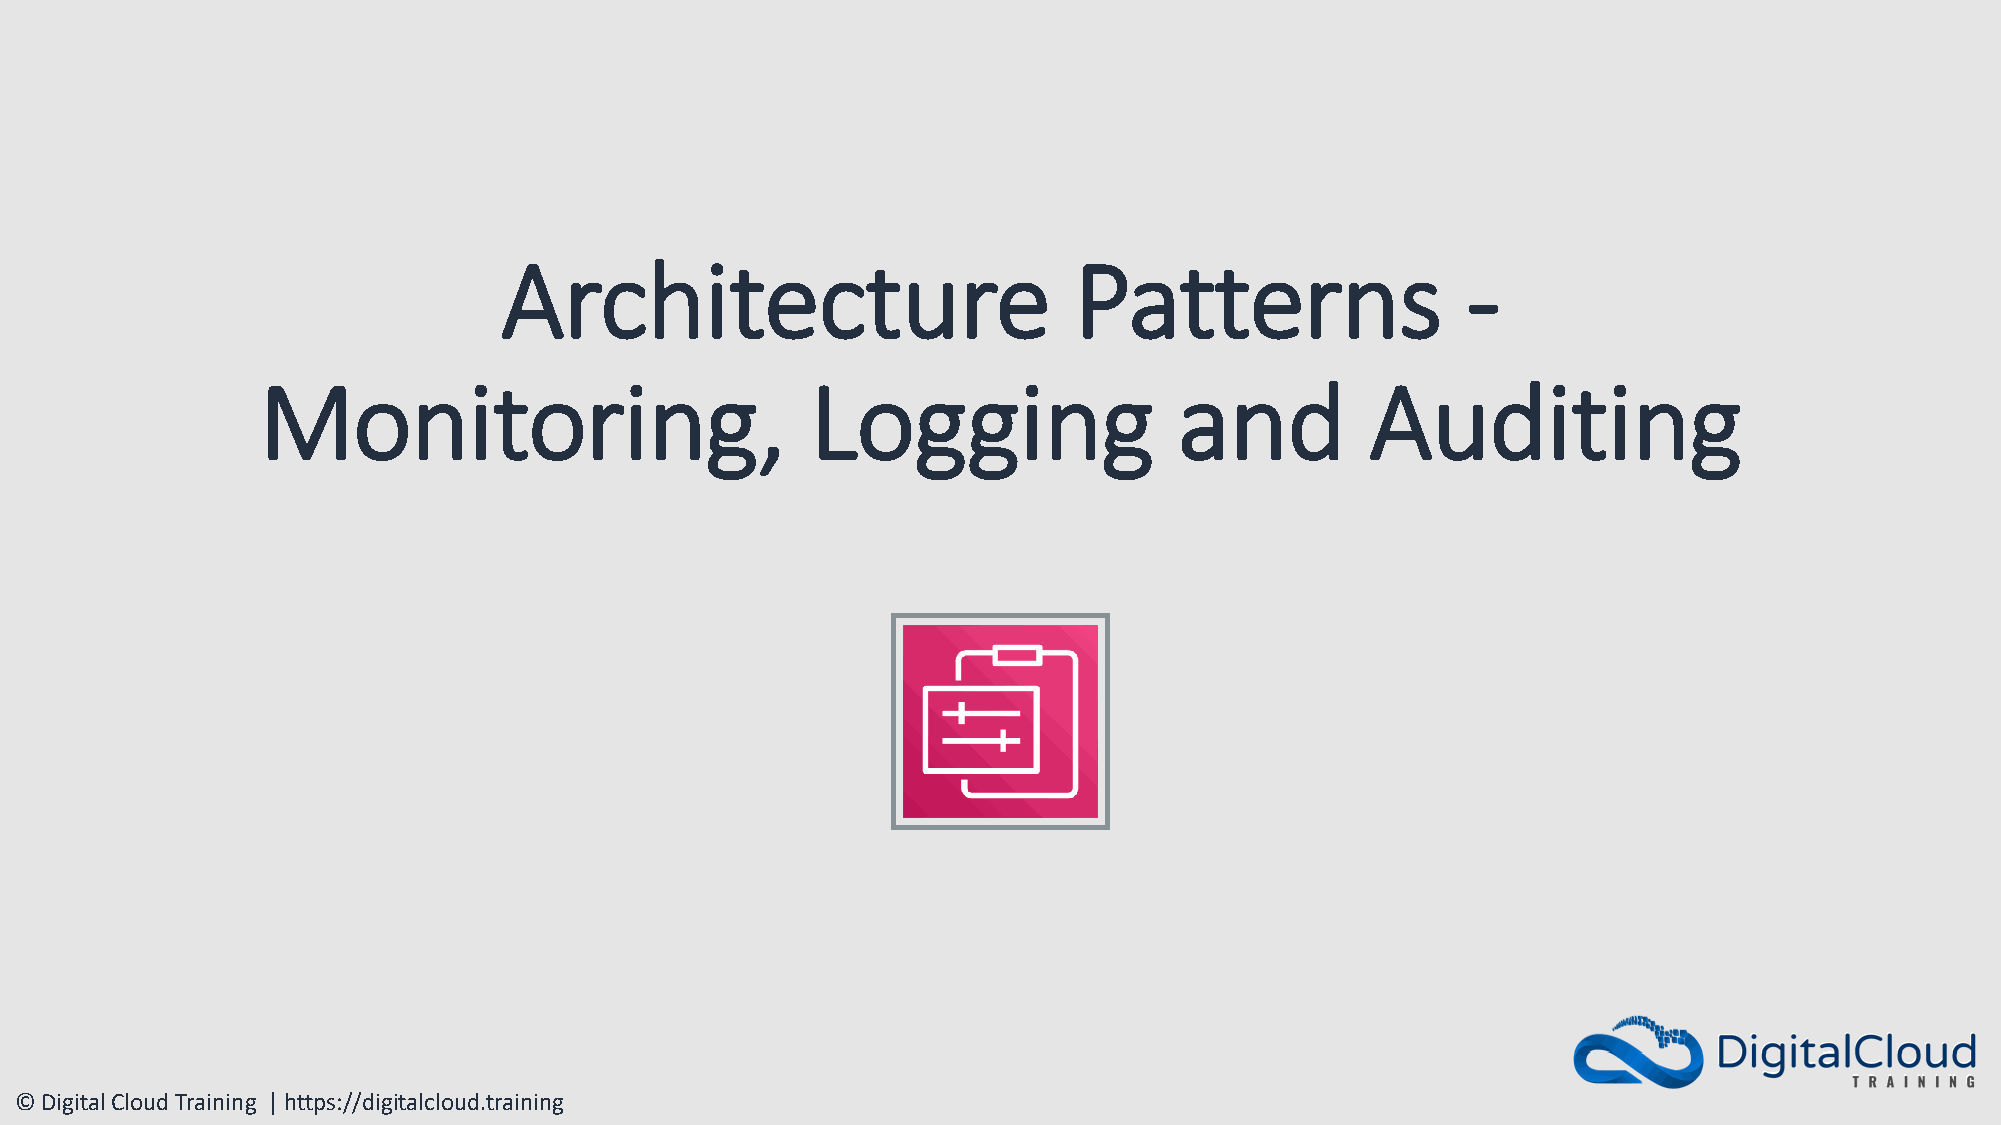
Architecture                          Patterns                  -
 Monitoring,                          Logging                 and          Auditing
 © Digital Cloud Training | https://digitalcloud.training